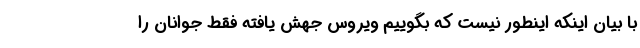
با بیان اینکه اینطور نیست که بگوییم ویروس جهش یافته فقط جوانان را